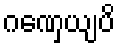
ဂဏှေယျပိ